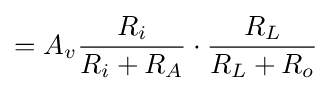
=A_{v}{\frac {R_{i}}{R_{i}+R_{A}}}\cdot {\frac {R_{L}}{R_{L}+R_{o}}}\,\!